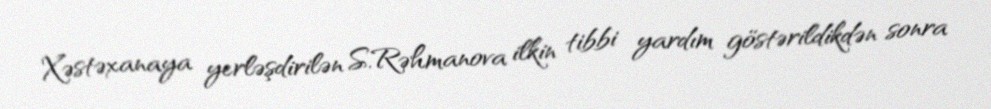
Xəstəxanaya yerləşdirilən S.Rəhmanova ilkin tibbi yardım göstərildikdən sonra